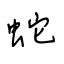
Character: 蛇